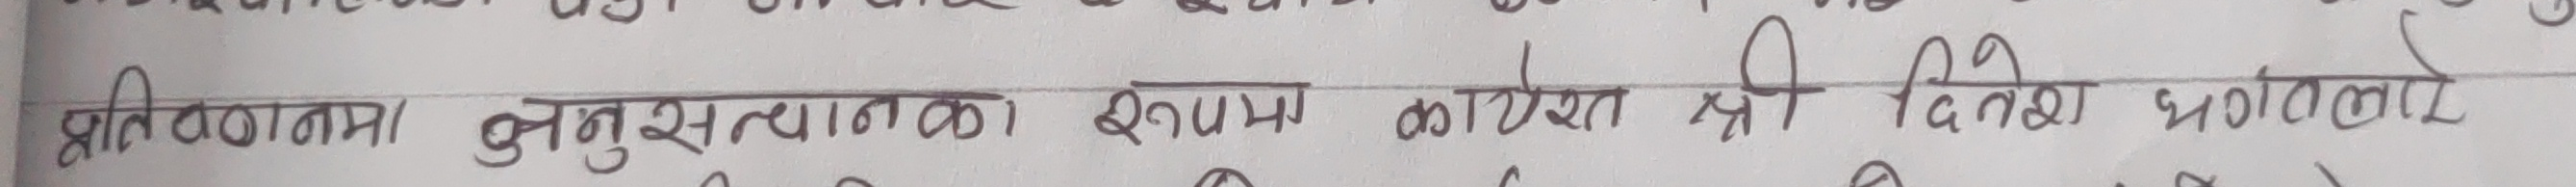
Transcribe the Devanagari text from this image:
प्रतिवनाना अनुशासननात्मक इस्थापना कार्यशत श्री दिनेश भर्गनाले